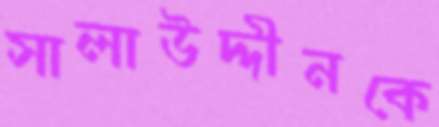
সালাউদ্দীনকে